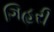
ગિહરી